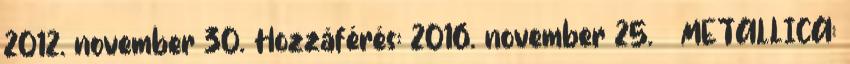
2012. november 30. Hozzáférés: 2016. november 25. ↑ METALLICA: